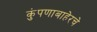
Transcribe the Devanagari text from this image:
कुंपणाबाहेरचे